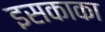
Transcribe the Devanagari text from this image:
इसकाका